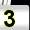
Digit: 3